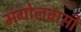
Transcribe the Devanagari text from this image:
मंगोलवासी